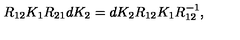
R _ { 1 2 } K _ { 1 } R _ { 2 1 } d K _ { 2 } = d K _ { 2 } R _ { 1 2 } K _ { 1 } R _ { 1 2 } ^ { - 1 } ,